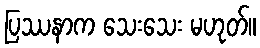
ပြဿနာက သေးသေး မဟုတ်။